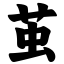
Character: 茧